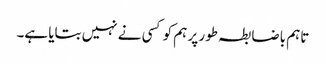
تاہم باضابطہ طور پر ہم کو کسی نے نہیں بتایا ہے۔